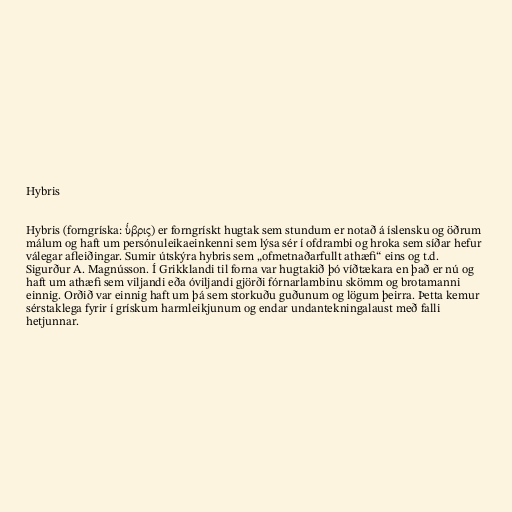
Hybris

Hybris (forngríska: ὕβρις) er forngrískt hugtak sem stundum er notað á íslensku og öðrum
málum og haft um persónuleikaeinkenni sem lýsa sér í ofdrambi og hroka sem síðar hefur
válegar afleiðingar. Sumir útskýra hybris sem „ofmetnaðarfullt athæfi“ eins og t.d.
Sigurður A. Magnússon. Í Grikklandi til forna var hugtakið þó víðtækara en það er nú og
haft um athæfi sem viljandi eða óviljandi gjörði fórnarlambinu skömm og brotamanni
einnig. Orðið var einnig haft um þá sem storkuðu guðunum og lögum þeirra. Þetta kemur
sérstaklega fyrir í grískum harmleikjunum og endar undantekningalaust með falli
hetjunnar.